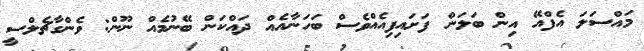
މައްސަލަ އެފްއޭ އިން ބަލަން ފަށައިފިއެއްވެސް ބަހަނާއެއް ދައްކަން ބޭނުމެއް ނޫން: ވެންގާޗެލްސީ